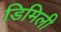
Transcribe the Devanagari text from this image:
डिमिली